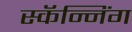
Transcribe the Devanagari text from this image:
स्कॅन्निंग